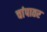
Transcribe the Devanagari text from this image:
चांपातर